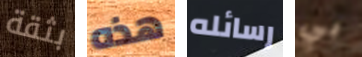
بثقة هذه رسائله بي